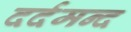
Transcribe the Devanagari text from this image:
दर्दमन्द